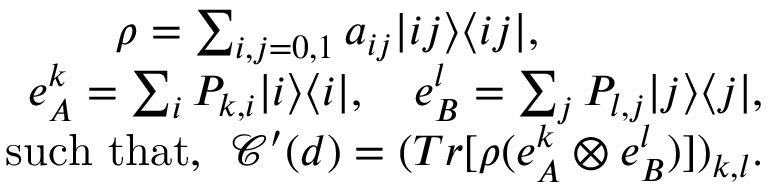
\begin{array} { r } { \rho = \sum _ { i , j = 0 , 1 } a _ { i j } | i j \rangle \langle i j | , ~ ~ ~ ~ ~ ~ ~ ~ ~ ~ ~ ~ ~ ~ ~ } \\ { e _ { A } ^ { k } = \sum _ { i } P _ { k , i } | i \rangle \langle i | , ~ ~ ~ e _ { B } ^ { l } = \sum _ { j } P _ { l , j } | j \rangle \langle j | , } \\ { \mathrm { s u c h ~ t h a t , } ~ ~ \mathcal { C } ^ { \prime } ( d ) = ( T r [ \rho ( e _ { A } ^ { k } \otimes e _ { B } ^ { l } ) ] ) _ { k , l } . } \end{array}